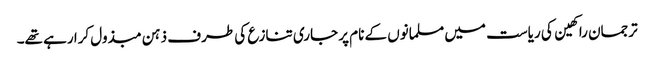
ترجمان راکھین کی ریاست میں مسلمانوں کے نام پر جاری تنازع کی طرف ذہن مبذول کرا رہے تھے۔